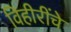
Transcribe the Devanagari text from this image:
विहीरींचे